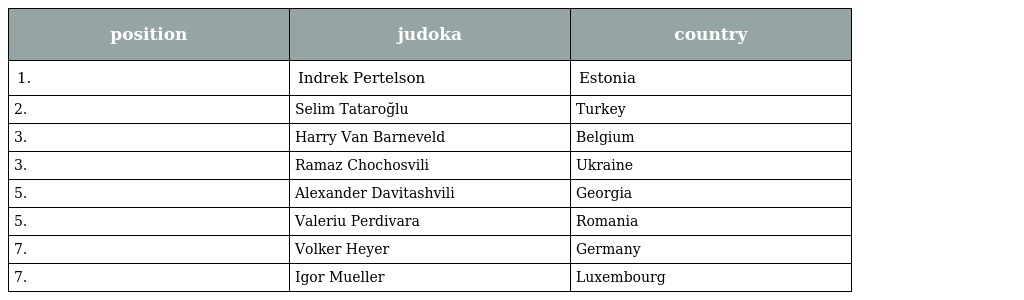
| position | judoka | country |
 | --- | --- | --- |
 | 1. | Indrek Pertelson | Estonia |
 | 2. | Selim Tataroğlu | Turkey |
 | 3. | Harry Van Barneveld | Belgium |
 | 3. | Ramaz Chochosvili | Ukraine |
 | 5. | Alexander Davitashvili | Georgia |
 | 5. | Valeriu Perdivara | Romania |
 | 7. | Volker Heyer | Germany |
 | 7. | Igor Mueller | Luxembourg |